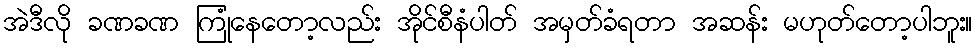
အဲဒီလို ခဏခဏ ကြုံနေတော့လည်း အိုင်စီနံပါတ် အမှတ်ခံရတာ အဆန်း မဟုတ်တော့ပါဘူး။